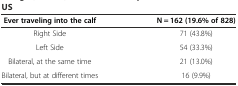
<table><thead><tr><td><b>Ever traveling into the calf</b></td><td><b>N = 162 (19.6% of 828)</b></td></tr></thead><tbody><tr><td>Right Side</td><td>71 (43.8%)</td></tr><tr><td>Left Side</td><td>54 (33.3%)</td></tr><tr><td>Bilateral, at the same time</td><td>21 (13.0%)</td></tr><tr><td>Bilateral, but at different times</td><td>16 (9.9%)</td></tr></tbody></table>